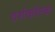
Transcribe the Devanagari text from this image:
दर्शकोंतक